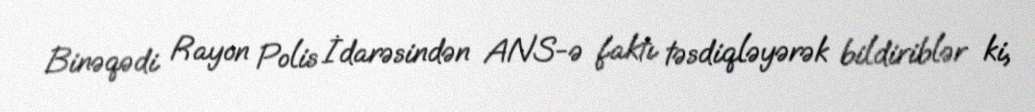
Binəqədi Rayon Polis İdarəsindən ANS-ə faktı təsdiqləyərək bildiriblər ki,